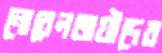
নোবেলজয়ীদের